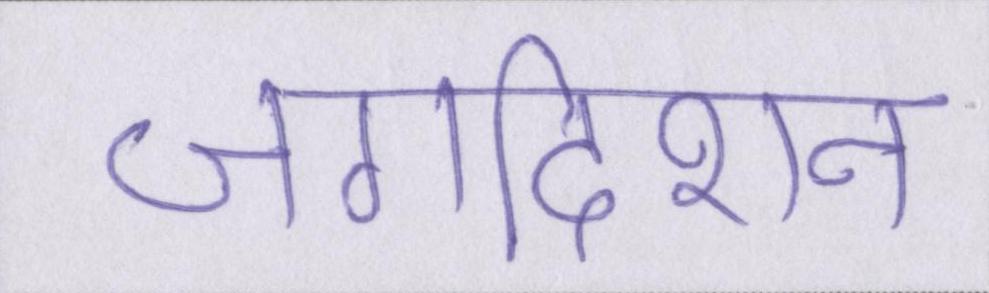
जगदीशन